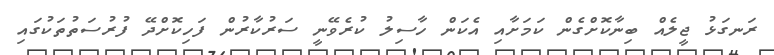
ރަނގަޅު ޖީލެއް ބިނާކޮށްގެން ކަމަށާއި އެކަން ހާސިލު ކުރެވޭނީ ސަރުކާރުން ފަހިކޮށްދޭ ފުރުސަތުތަކުގައި